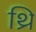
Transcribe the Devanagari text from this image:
थ्रि